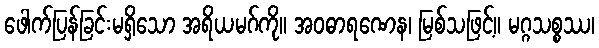
ဖေါက်ပြန်ခြင်းမရှိသော အရိယမဂ်ကို။ အဝဓာရဏေန၊ မြစ်သဖြင့်။ မဂ္ဂသစ္စဿ၊